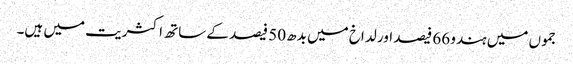
جموں میں ہندو 66 فیصد اور لداخ میں بدھ 50 فیصد کے ساتھ اکثریت میں ہیں۔